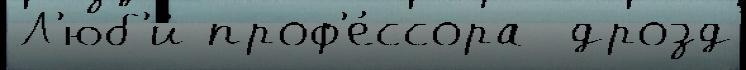
Л'юб'и́ проф'е́ссора  дрозд